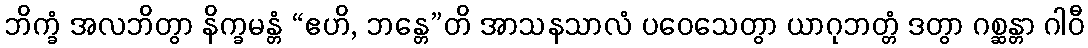
ဘိက္ခံ အလဘိတွာ နိက္ခမန္တံ “ဧဟိ, ဘန္တေ”တိ အာသနသာလံ ပဝေသေတွာ ယာဂုဘတ္တံ ဒတွာ ဂစ္ဆန္တာ ဂါဝီ